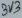
Text: 3V3